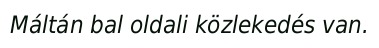
Máltán bal oldali közlekedés van.